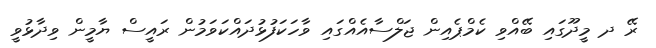
ރޭ ދ މީދޫގައި ބޭއްވި ކެމްޕެއިން ޖަލްސާއެއްގައި ވާހަކަފުޅުދައްކަވަމުން ރައީސް ޔާމީން ވިދާޅުވީ